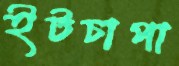
ইটচাপা